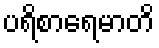
ပရိစာရေမာတိ